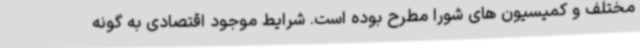
مختلف و کمیسیون های شورا مطرح بوده است. شرایط موجود اقتصادی به گونه